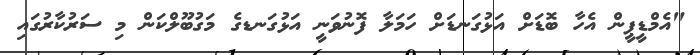
"އެމްޑީޕީން އެހާ ބޮޑަށް އަޅުގަނޑަށް ހަމަލާ ފޮނުވަނީ އަޅުގަނޑގެ މަގުބޫލްކަން މި ސަރުކާރުގައި